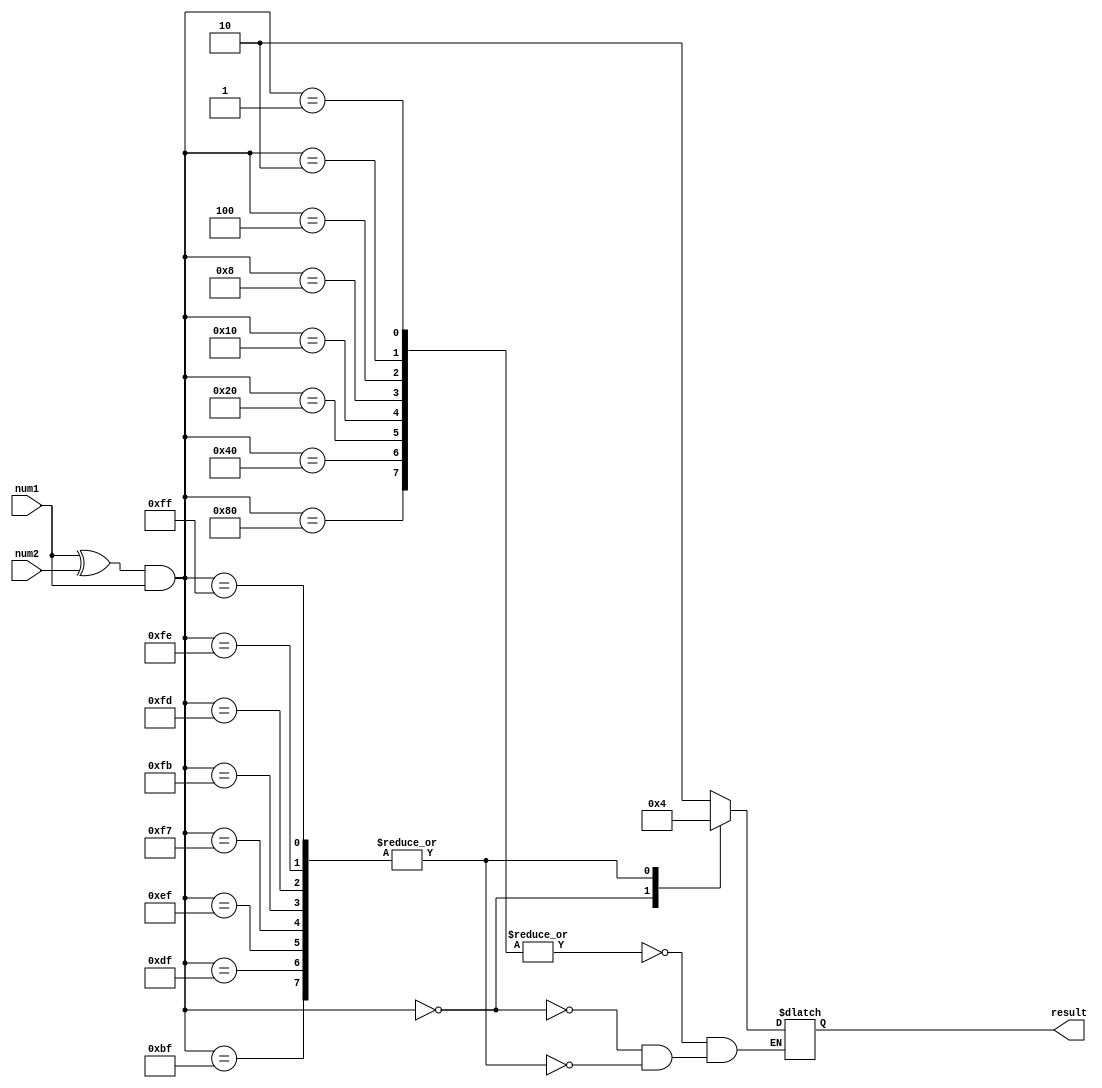
module magnitude_comparator
(
    input wire [7:0] num1,
    input wire [7:0] num2,
    output reg [1:0] result
);

reg [7:0] xor_result;
reg [7:0] and_result;

assign xor_result = num1 ^ num2;
assign and_result = xor_result & num1;

always @(*)
begin 
    case(and_result)
        8'b00000001, 8'b00000010, 8'b00000100, 8'b00001000, 8'b00010000, 8'b00100000, 8'b01000000, 8'b10000000: result = 2'b10; // num1 greater
        8'b00000000: result = 2'b01; // equal
        8'b11111111, 8'b11111110, 8'b11111101, 8'b11111011, 8'b11110111, 8'b11101111, 8'b11011111, 8'b10111111: result = 2'b00; // num2 greater
    endcase
end

endmodule